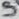
Text: S